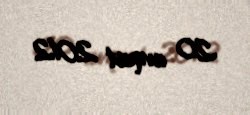
20 avqust 2012